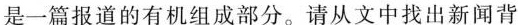
是一篇报道的有机组成部分。请从文中找出新闻背